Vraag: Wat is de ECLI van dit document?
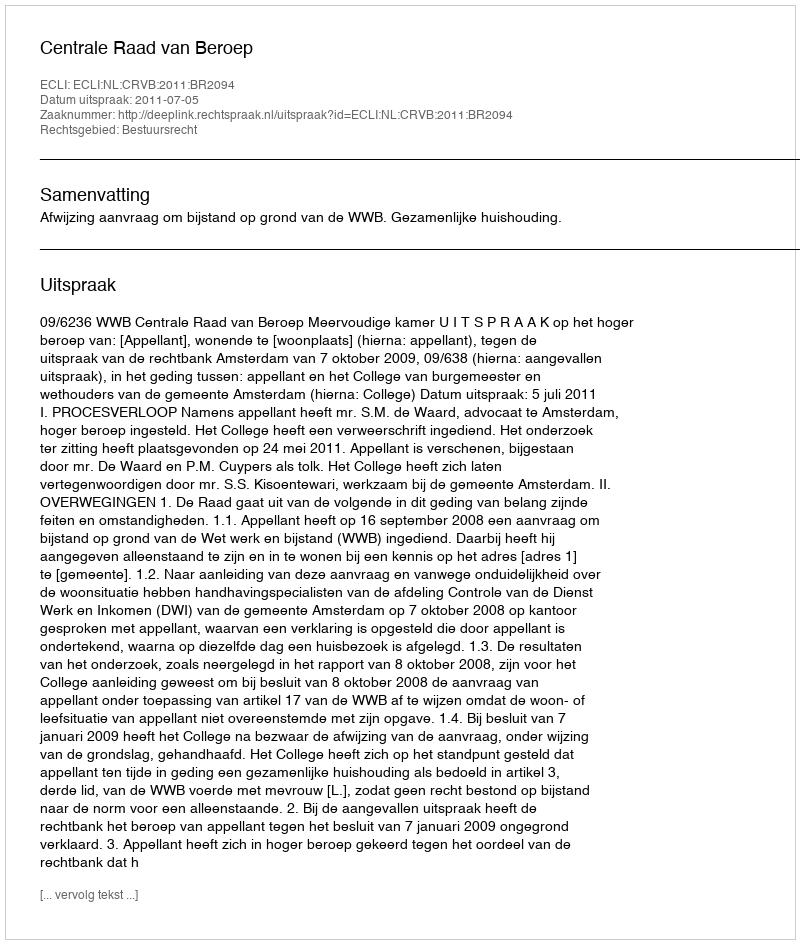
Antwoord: ECLI:NL:CRVB:2011:BR2094